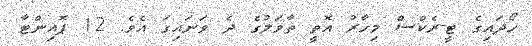
ހޯދައިގެ ޓީ-ރެކްސް މިހާރު އޮތީ ތާވަލުގެ ދެ ވަނައިގަ އެވެ. 12 ޕޮއިންޓާ